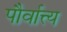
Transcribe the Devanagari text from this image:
पौर्वात्त्य